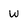
Character: w